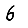
Digit: 6